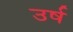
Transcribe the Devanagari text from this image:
उर्ष